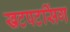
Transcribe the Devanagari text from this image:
खटपटसिंग